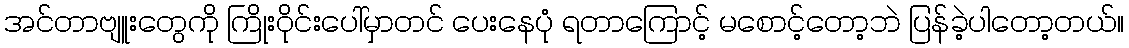
အင်တာဗျူးတွေကို ကြိုးဝိုင်းပေါ်မှာတင် ပေးနေပုံ ရတာကြောင့် မစောင့်တော့ဘဲ ပြန်ခဲ့ပါတော့တယ်။